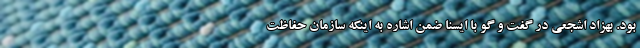
بود. بهزاد اشجعی در گفت و گو با ایسنا ضمن اشاره به اینکه سازمان حفاظت